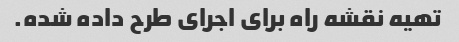
تهیه نقشه راه برای اجرای طرح داده شده.